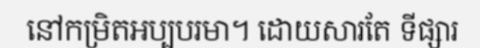
នៅកម្រិតអប្បបរមា។ ដោយសារតែ ទីផ្សារ